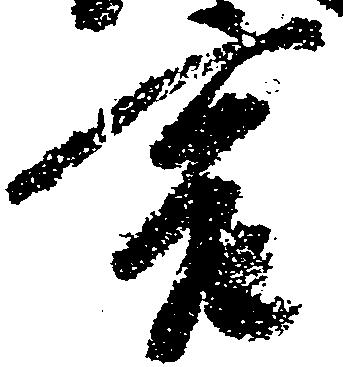
言